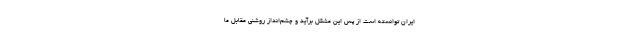
ایران توانسته است از پس این مشکل برآید و چشم‌انداز روشنی مقابل ما